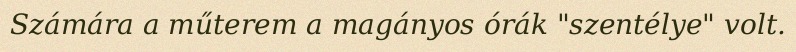
Számára a műterem a magányos órák "szentélye" volt.